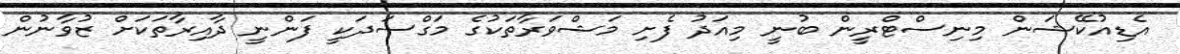
އެޑިއުކޭޝަން މިނިސްޓްރީން ބުނީ މިއަދު ފެށި މަޝްވަރާތަކުގެ މަގްސަދަކީ ފަންނީ ދާއިރާތަކަށް ޒުވާނުން